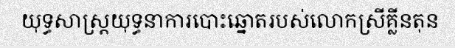
យុទ្ធសាស្ត្រយុទ្ធនាការបោះឆ្នោតរបស់លោកស្រីគ្លីនតុន